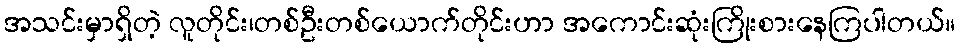
အသင်းမှာရှိတဲ့ လူတိုင်း၊တစ်ဦးတစ်ယောက်တိုင်းဟာ အကောင်းဆုံးကြိုးစားနေကြပါတယ်။